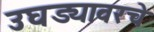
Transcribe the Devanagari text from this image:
उघड्यावरचे